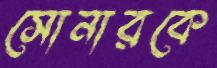
সোনারকে